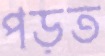
পড়ত